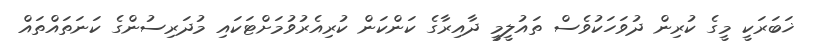
ޚަބަރަކީ މީގެ ކުރިން ދުވަހަކުވެސް ތައުލީމީ ދާއިރާގެ ކަންކަން ކުރިއެރުވުމަށްޓަކައި މުދަރިސުންގެ ކަނަތައްތައް